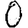
Digit: 0